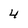
Character: 4